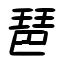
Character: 琶